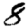
Digit: 8